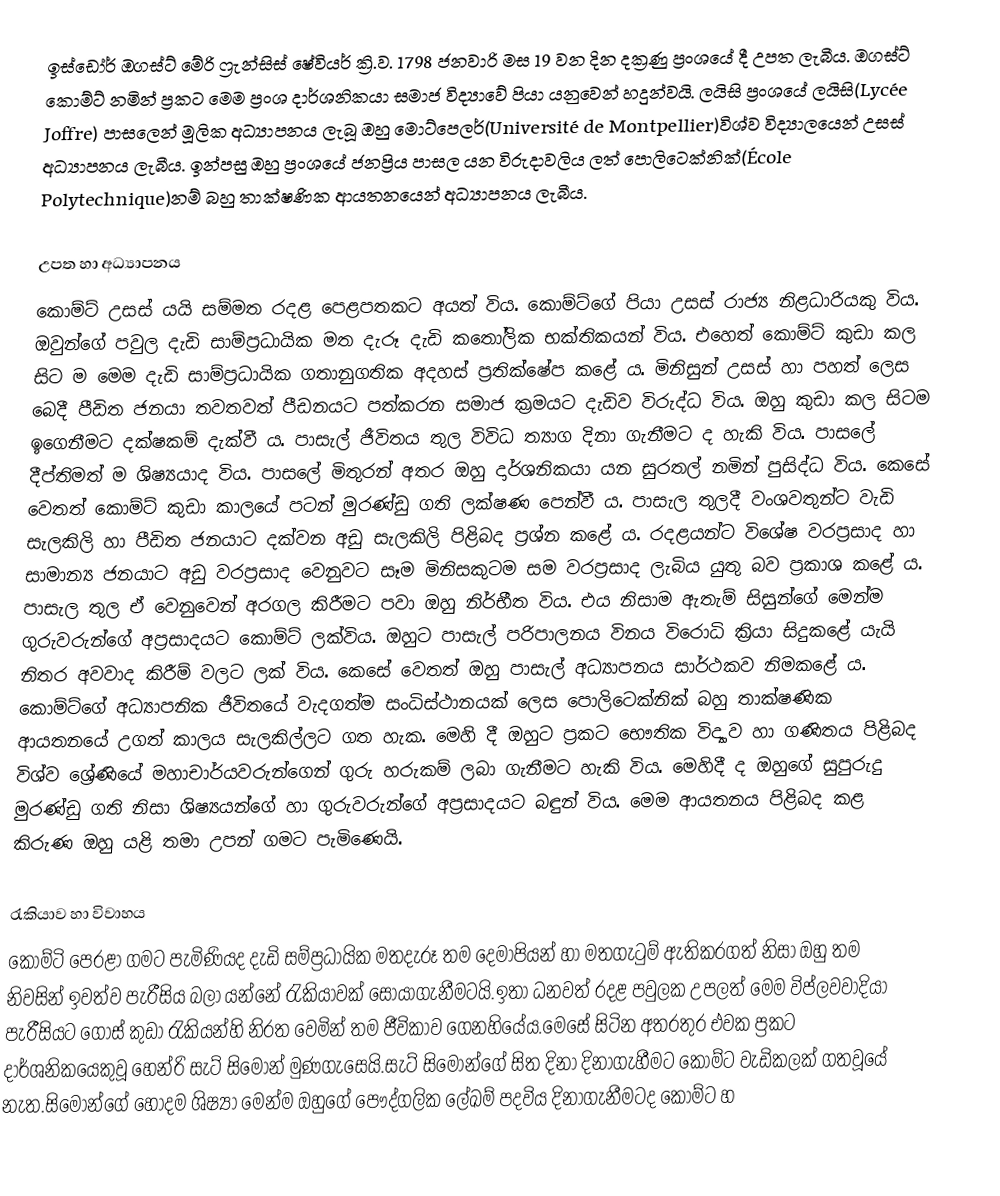
ඉස්ඩෝර් ඔගස්ට් මේරි ෆ්‍රැන්සිස් ෂේවියර් ක්‍රි.ව. 1798 ජනවාරි මස 19 වන දින දක්‍රණු ප්‍රංශයේ දී උපත ලැබීය. ඔගස්ට් කොම්ට් නමින් ප්‍රකට මෙම ප්‍රංශ දාර්ශනිකයා සමාජ විද්‍යාවේ පියා යනුවෙන් හදුන්වයි. ලයිසි ප්‍රංශයේ ලයිසි(Lycée Joffre) පාසලෙන් මූලික අධ්‍යාපනය ලැබූ ඔහු මොට්පෙලර්(Université de Montpellier)විශ්ව විද්‍යාලයෙන් උසස් අධ්‍යාපනය ලැබීය. ඉන්පසු ඔහු ප්‍රංශයේ ජනප්‍රිය පාසල යන විරුදාවලිය ලත් පොලිටෙක්නික්(École Polytechnique)නම් බහු තාක්ෂණික ආයතනයෙන් අධ්‍යාපනය ලැබීය.

උපත හා අධ්‍යාපනය
කොම්ට් උසස් යයි සම්මත රදළ පෙළපතකට අයත් විය. කොම්ට්ගේ පියා උසස් රාජ්‍ය නිළධාරියකු විය. ඔවුන්ගේ පවුල දැඩි සාම්ප්‍රධායික මත දැරූ දැඩි කතෝලික භක්තිකයන් විය. එහෙත් කොම්ට් කුඩා කල සිට ම මෙම දැඩි සාම්ප්‍රධායික ගතානුගතික අදහස් ප්‍රතික්ෂේප කළේ ය. මිනිසුන් උසස් හා පහත් ලෙස බෙදී පීඩිත ජනයා තවතවත් පීඩනයට පත්කරන සමාජ ක්‍රමයට දැඩිව විරුද්ධ විය. ඔහු කුඩා කල සිටම ඉගෙනීමට දක්ෂකම් දැක්වී ය. පාසැල් ජීවිතය තුල විවිධ ත්‍යාග දිනා ගැනීමට ද හැකි විය. පාසලේ දීප්තිමත් ම ශිෂ්‍යයාද විය. පාසලේ මිතුරන් අතර ඔහු දාර්ශනිකයා යන සුරතල් නමින් පුසිද්ධ විය. කෙසේ වෙතත් කොම්ට් කුඩා කාලයේ පටන් මුරණ්ඩු ගති ලක්ෂණ පෙන්වී ය. පාසැල තුලදී වංශවතුන්ට වැඩි සැලකිලි හා පීඩිත ජනයාට දක්වන අඩු සැලකිලි පිළිබද ප්‍රශ්න කළේ ය. රදළයන්ට විශේෂ වරප්‍රසාද හා සාමාන්‍ය ජනයාට අඩු වරප්‍රසාද වෙනුවට සෑම මිනිසකුටම සම වරප්‍රසාද ලැබිය යුතු බව ප්‍රකාශ කළේ ය. පාසැල තුල ඒ වෙනුවෙන් අරගල කිරීමට පවා ඔහු නිර්භීත විය. එය නිසාම ඇතැම් සිසුන්ගේ මෙන්ම ගුරුවරුන්ගේ අප්‍රසාදයට කොම්ට් ලක්විය. ඔහුට පාසැල් පරිපාලනය විනය විරොධි ක්‍රියා සිදුකළේ යැයි නිතර අවවාද කිරීම් වලට ලක් විය. කෙසේ වෙතත් ඔහු පාසැල් අධ්‍යාපනය සාර්ථකව නිමකළේ ය. කොම්ට්ගේ අධ්‍යාපනික ජීවිතයේ වැදගත්ම සංධිස්ථානයක් ලෙස පොලිටෙක්නික් බහු තාක්ෂණික ආයතනයේ උගත් කාලය සැලකිල්ලට ගත හැක. මෙහි දී ඔහුට ප්‍රකට භෞතික විද්‍යාව හා ගණිතය පිළිබද විශ්ව ශ්‍රේණියේ මහාචාර්යවරුන්ගෙන් ගුරු හරුකම් ලබා ගැනීමට හැකි විය. මෙහිදී ද ඔහුගේ සුපුරුදු මුරණ්ඩු ගති නිසා ශිෂ්‍යයන්ගේ හා ගුරුවරුන්ගේ අප්‍රසාදයට බඳුන් විය. මෙම ආයතනය පිළිබද කළ කිරුණ ඔහු යළි තමා උපන් ගමට පැමිණෙයි.

රැකියාව හා විවාහය
කොම්ටි පෙරළා ගමට පැමිණියද දැඩි සම්ප්‍රධායික මතදැරූ තම දෙමාපියන් හා මතගැටුම් ඇතිකරගත් නිසා ඔහු තම නිවසින් ඉවත්ව පැරීසිය බලා යන්නේ රැකියාවක් සොයාගැනීමටයි.ඉතා ධනවත් රදළ පවුලක උපලත් මෙම විප්ලවවාදියා පැරීසියට ගොස් කුඩා රැකියන්හි නිරත වෙමින් තම ජීවිකාව ගෙනහියේය.මෙසේ සිටින අතරතුර එවක ප්‍රකට දාර්ශනිකයෙකුවූ හෙන්රි සැට් සිමොන් මුණගැසෙයි.සැට් සිමොන්ගේ සිත දිනා දිනාගැහීමට කොම්ට වැඩිකලක් ගතවූයේ නැත.සිමොන්ගේ හොදම ශිෂ්‍යා මෙන්ම ඔහුගේ පෞද්ගලික ලේඛම් පදවිය දිනාගැනීමටද කොම්ට හ